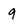
Character: 9